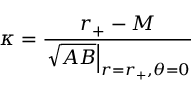
\kappa = { \frac { r _ { + } - M } { \left. \sqrt { A B } \right| _ { r = r _ { + } , \theta = 0 } } }